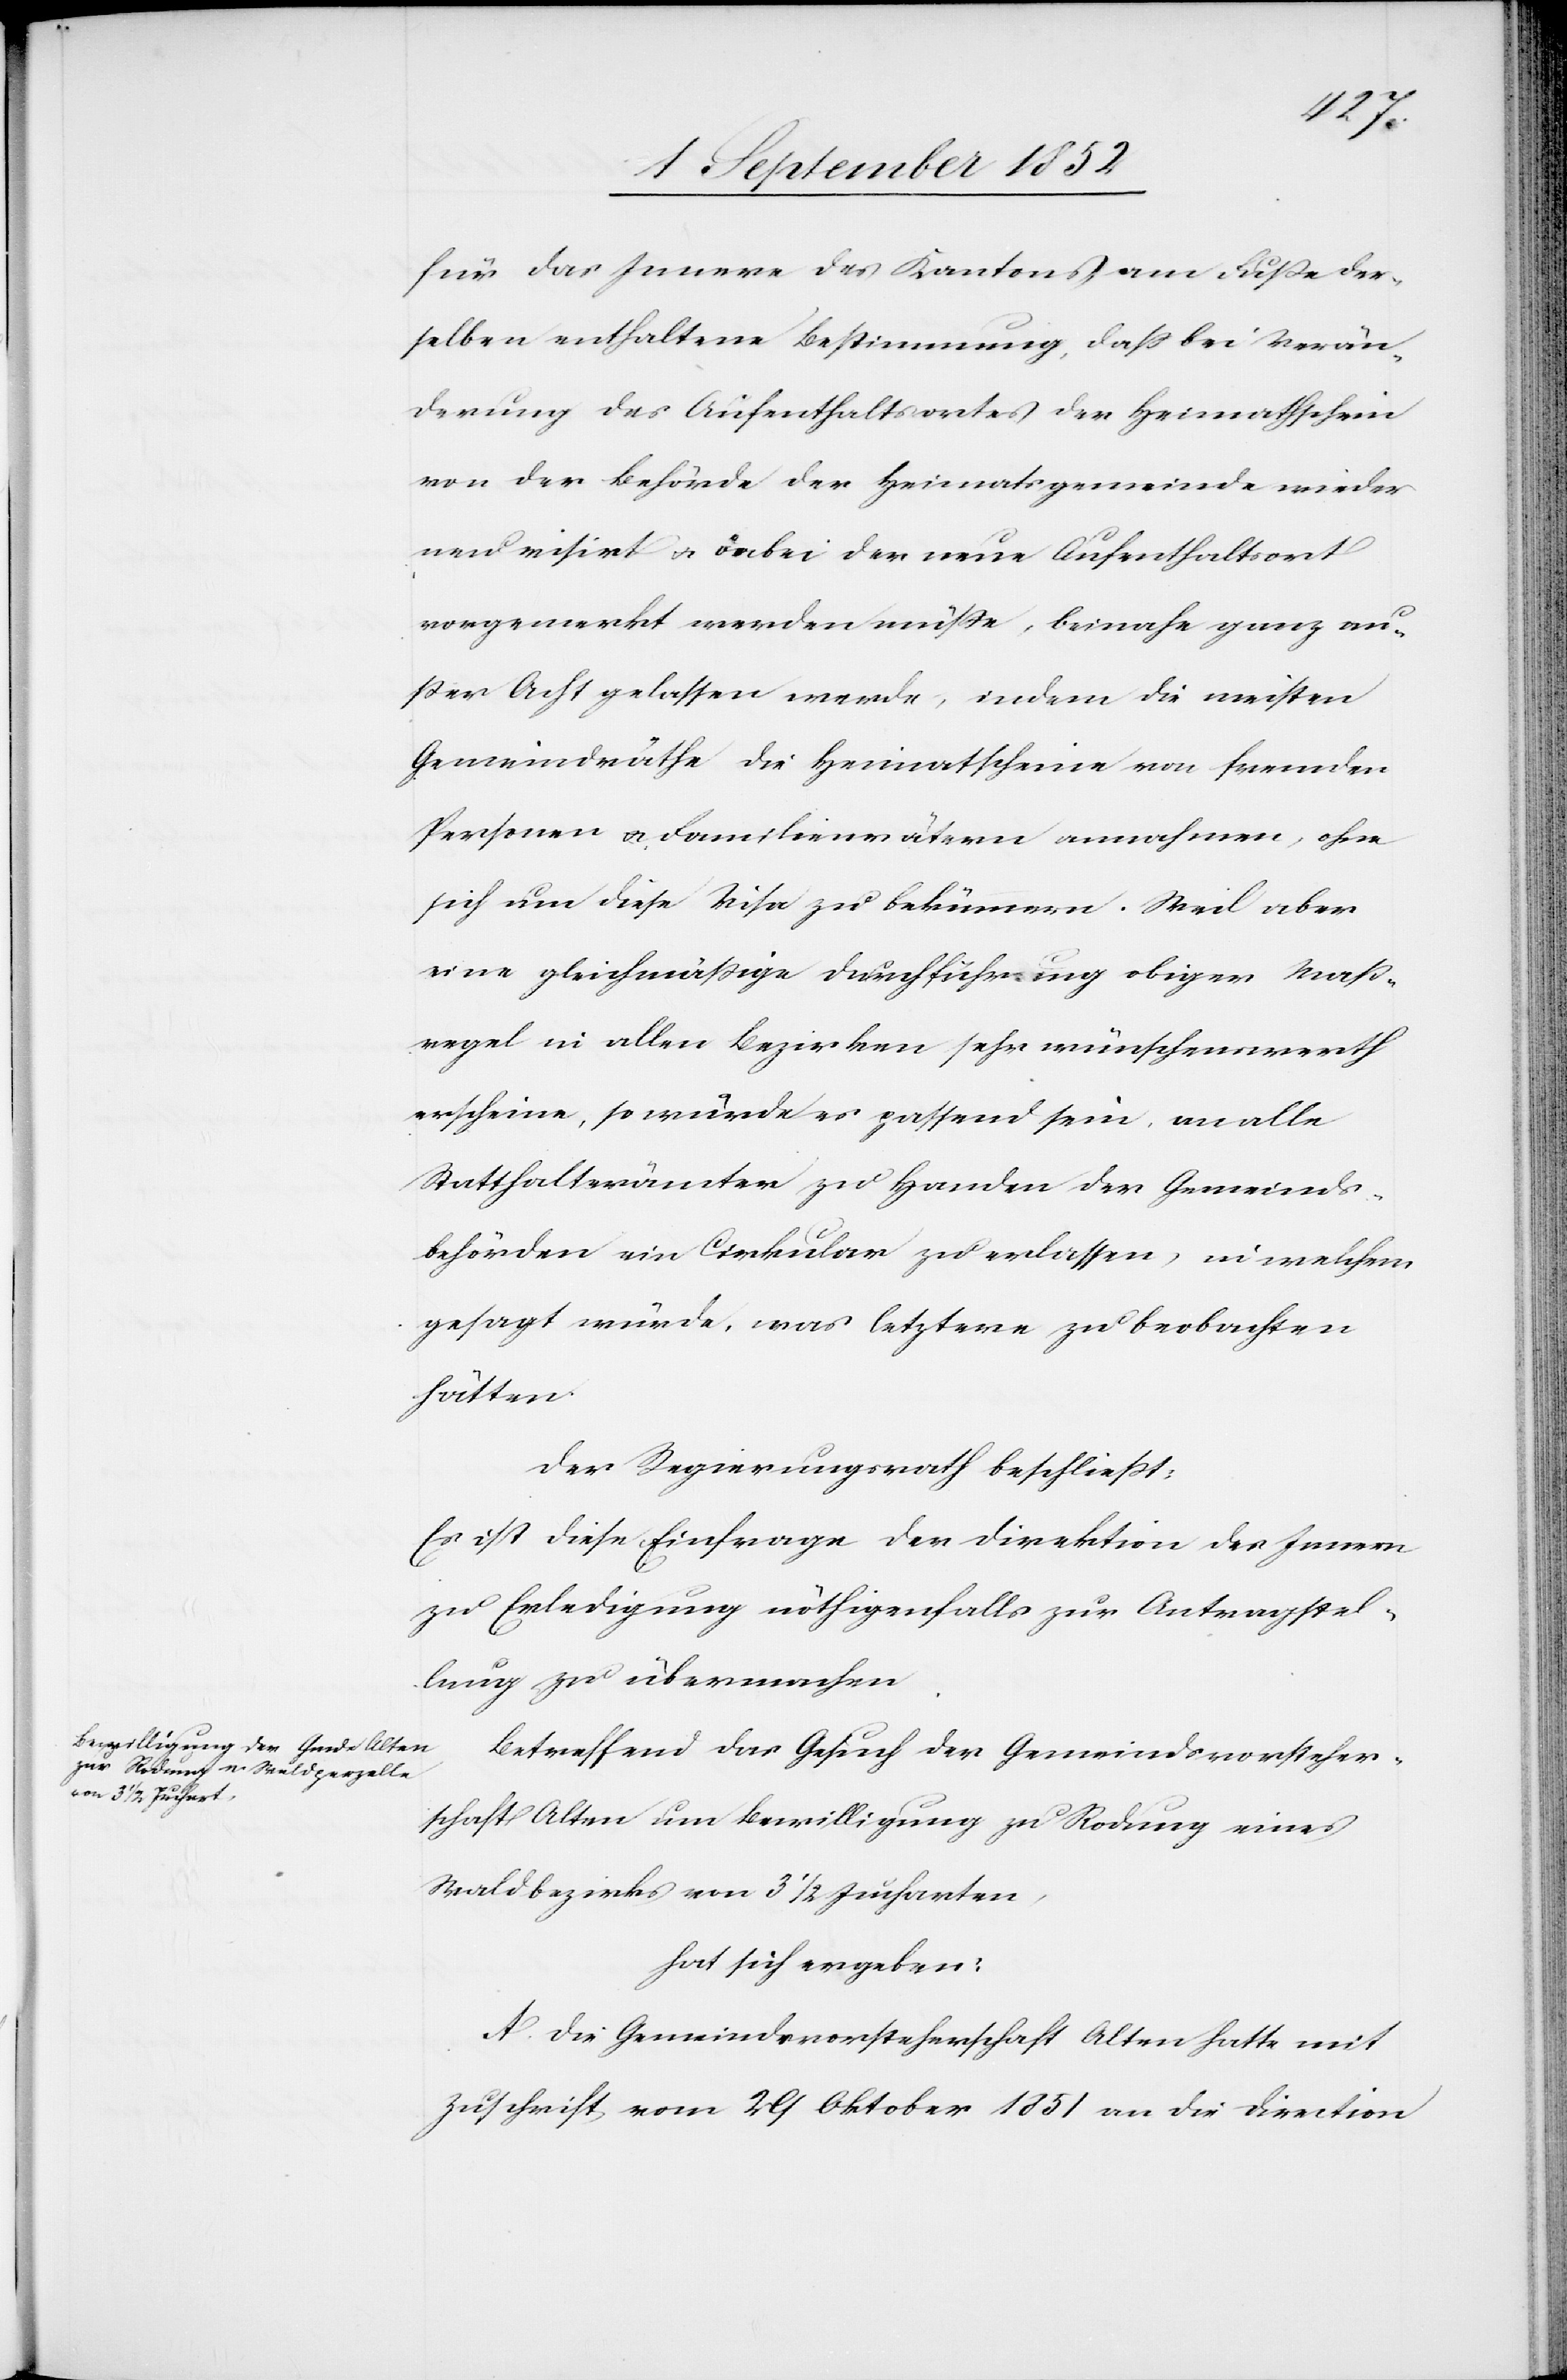
für das Innere des Kantons am Fuße der¬
selben enthaltene Bestimmung, dass bei Verän¬
derung des Aufenthaltsortes der Heimathschein
von der Behörde der Heimatsgemeinde wieder
neu visirt & dabei der neue Aufenthaltsort
vorgemerkt werden müße, beinahe ganz au¬
ßer Acht gelassen werde, indem die meisten
Gemeindräthe die Heimatscheine von fremden
Personen & Familienvätern annahmen, ohne
sich um diese Visa zu bekümmern. Weil aber
eine gleichmäßige Durchführung obiger Maß¬
regel in allen Bezirken sehr wünschenswerth
erscheine, so würde es passend sein, an alle
Statthalterämter zu Handen der Gemeinds¬
behörden ein Cirkular zu erlassen, in welchem
gesagt würde, was letztere zu beobachten
hätten.
Der Regierungsrath beschließt:
Es ist diese Einfrage der Direktion des Innern
zu Erledigung nöthigenfalls zur Antragstel¬
lung zu übermachen.
Betreffend das Gesuch der Gemeindsvorsteher¬
schaft Alten um Bewilligung zu Rodung eines
Waldbezirks von 3 1/2 Jucharten,
hat sich ergeben:
A. Die Gemeindsvorsteherschaft Alten hatte mit
Zuschrift vom 29 Oktober 1851 an die Direction